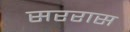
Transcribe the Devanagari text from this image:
सररास